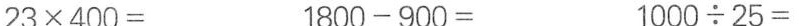
23 \times 400= 1800-900= 1000 \div 25=